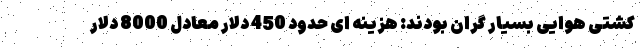
کشتی هوایی بسیار گران بودند: هزینه ای حدود 450 دلار معادل 8000 دلار